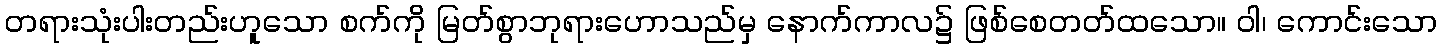
တရားသုံးပါးတည်းဟူသော စက်ကို မြတ်စွာဘုရားဟောသည်မှ နောက်ကာလ၌ ဖြစ်စေတတ်ထသော။ ဝါ၊ ကောင်းသော